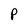
Character: P